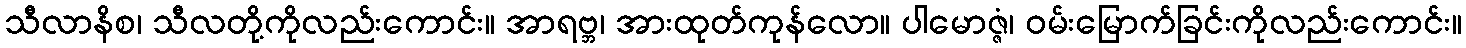
သီလာနိစ၊ သီလတို့ကိုလည်းကောင်း။ အာရဗ္ဘ၊ အားထုတ်ကုန်လော။ ပါမောဇ္ဇံ၊ ဝမ်းမြောက်ခြင်းကိုလည်းကောင်း။